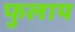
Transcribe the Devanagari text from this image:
फुलाय